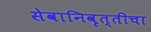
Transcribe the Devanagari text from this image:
सेवानिवृत्‍तीचा